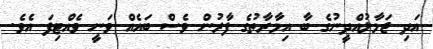
އަދި ޖަމާލުއްދީނުގެ ބާ އިމާރާތުގެ ފާރުން ވެސް ބައެއް ވަނީ ވެއްޓިފަ އެވެ.